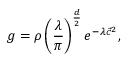
g = \rho \left( \frac { \lambda } { \pi } \right) ^ { \frac { d } { 2 } } e ^ { - \lambda { \vec { c } } ^ { 2 } } ,